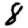
Digit: 8